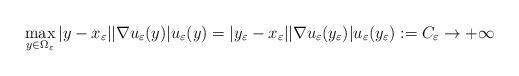
LaTeX: \begin{align*}\max_{y\in \Omega_\varepsilon} |y-x_\varepsilon| |\nabla u_\varepsilon(y)| u_\varepsilon(y)=|y_\varepsilon-x_\varepsilon| |\nabla u_\varepsilon(y_\varepsilon)| u_\varepsilon(y_\varepsilon):=C_\varepsilon\to +\infty\end{align*}